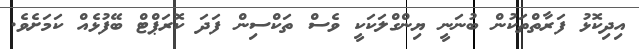
އިދިކޮޅު ފަރާތްތަކުން ބުނަނީ ޔިންގްލަކަކީ ވެސް ތަކްސިން ފަދަ ކޮރަޕްޓް ބޭފުޅެއް ކަމަށެވެ.